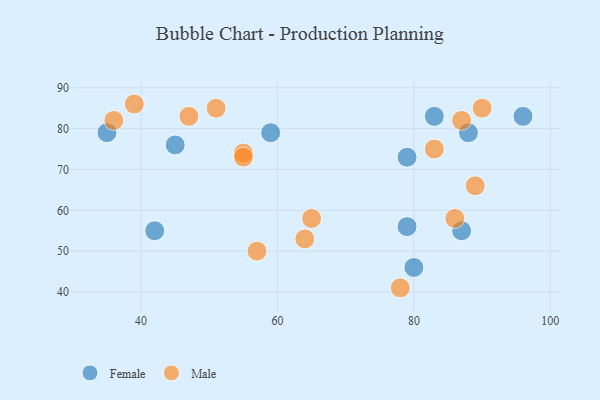
{"axis": {"x": "GDP", "y": "Life Expectancy"}, "legend": ["Female", "Male"], "data": [{"x": "88", "y": 79, "type": "Female"}, {"x": "35", "y": 79, "type": "Female"}, {"x": "45", "y": 76, "type": "Female"}, {"x": "83", "y": 83, "type": "Female"}, {"x": "79", "y": 56, "type": "Female"}, {"x": "96", "y": 83, "type": "Female"}, {"x": "42", "y": 55, "type": "Female"}, {"x": "59", "y": 79, "type": "Female"}, {"x": "80", "y": 46, "type": "Female"}, {"x": "79", "y": 73, "type": "Female"}, {"x": "87", "y": 55, "type": "Female"}, {"x": "39", "y": 86, "type": "Male"}, {"x": "89", "y": 66, "type": "Male"}, {"x": "47", "y": 83, "type": "Male"}, {"x": "51", "y": 85, "type": "Male"}, {"x": "87", "y": 82, "type": "Male"}, {"x": "83", "y": 75, "type": "Male"}, {"x": "78", "y": 41, "type": "Male"}, {"x": "86", "y": 58, "type": "Male"}, {"x": "65", "y": 58, "type": "Male"}, {"x": "55", "y": 74, "type": "Male"}, {"x": "64", "y": 53, "type": "Male"}, {"x": "90", "y": 85, "type": "Male"}, {"x": "55", "y": 73, "type": "Male"}, {"x": "36", "y": 82, "type": "Male"}, {"x": "57", "y": 50, "type": "Male"}]}